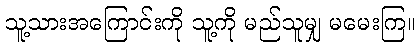
သူ့သားအကြောင်းကို သူ့ကို မည်သူမျှ မမေးကြ။